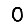
Digit: 0